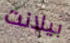
بيلانت